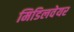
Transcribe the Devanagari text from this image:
मिडिलवेयर